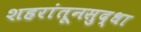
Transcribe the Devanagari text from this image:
शहरांतूनसुद्धा